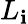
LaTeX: L_{\mathbf{i}}